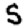
Digit: 5